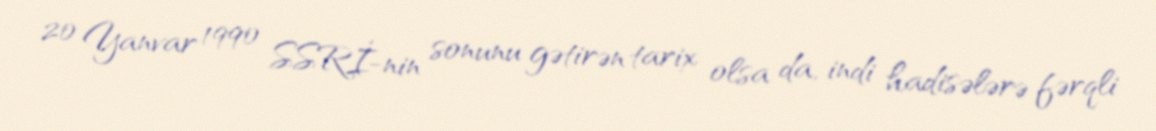
20 Yanvar 1990 SSRİ-nin sonunu gətirən tarix olsa da, indi hadisələrə fərqli